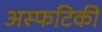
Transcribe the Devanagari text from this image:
अस्फटिकी